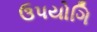
ઉપયોગિ